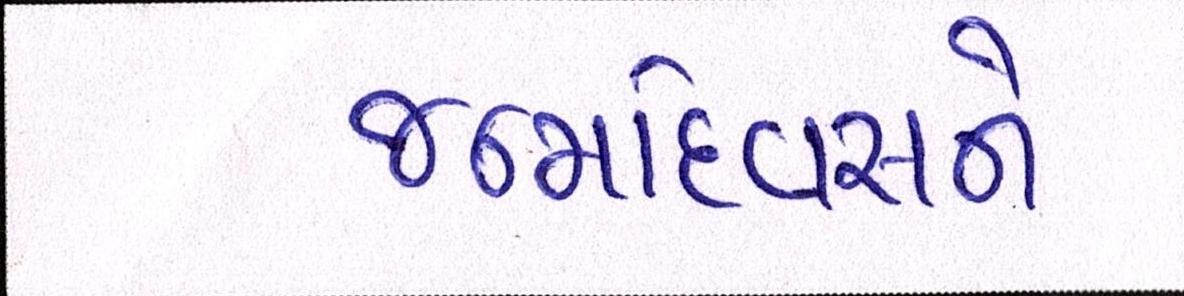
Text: જન્મદિવસને